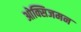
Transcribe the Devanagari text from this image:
ओक्सिजमन